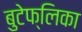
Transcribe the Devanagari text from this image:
बुटेफ्लिका